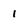
Character: 1